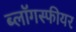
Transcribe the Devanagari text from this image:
ब्लॉगस्फीयर